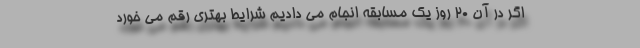
اگر در آن ۲۰ روز یک مسابقه انجام می دادیم شرایط بهتری رقم می خورد